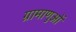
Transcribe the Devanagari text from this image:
ग्रामाणुओं